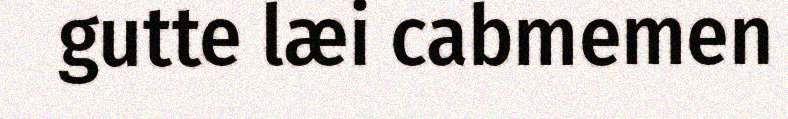
gutte læi cabmemen